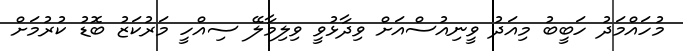
މުހައްމަދު ހަބީބު މިއަދު ވީނިއުސްއަށް ވިދާޅުވީ ވިލިމާލޭ ސިއްހީ މަރުކަޒު ބޮޑު ކުރުމަށް